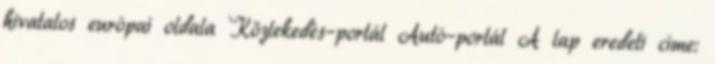
hivatalos európai oldala Közlekedés–portál Autó–portál A lap eredeti címe: